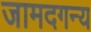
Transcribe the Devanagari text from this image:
जामदगन्य